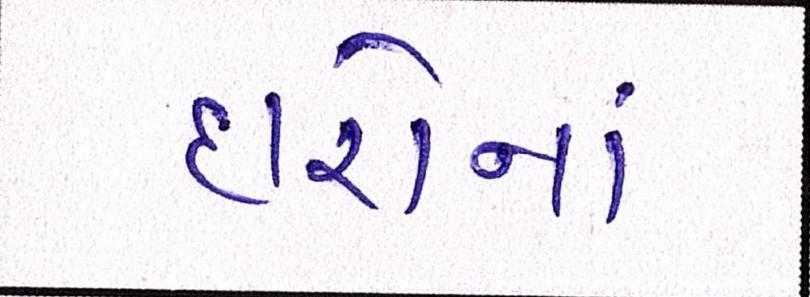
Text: દારોનાં